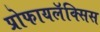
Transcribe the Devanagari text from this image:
प्रोफायलॅक्सिस